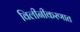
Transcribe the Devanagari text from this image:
विलीनीकरणात